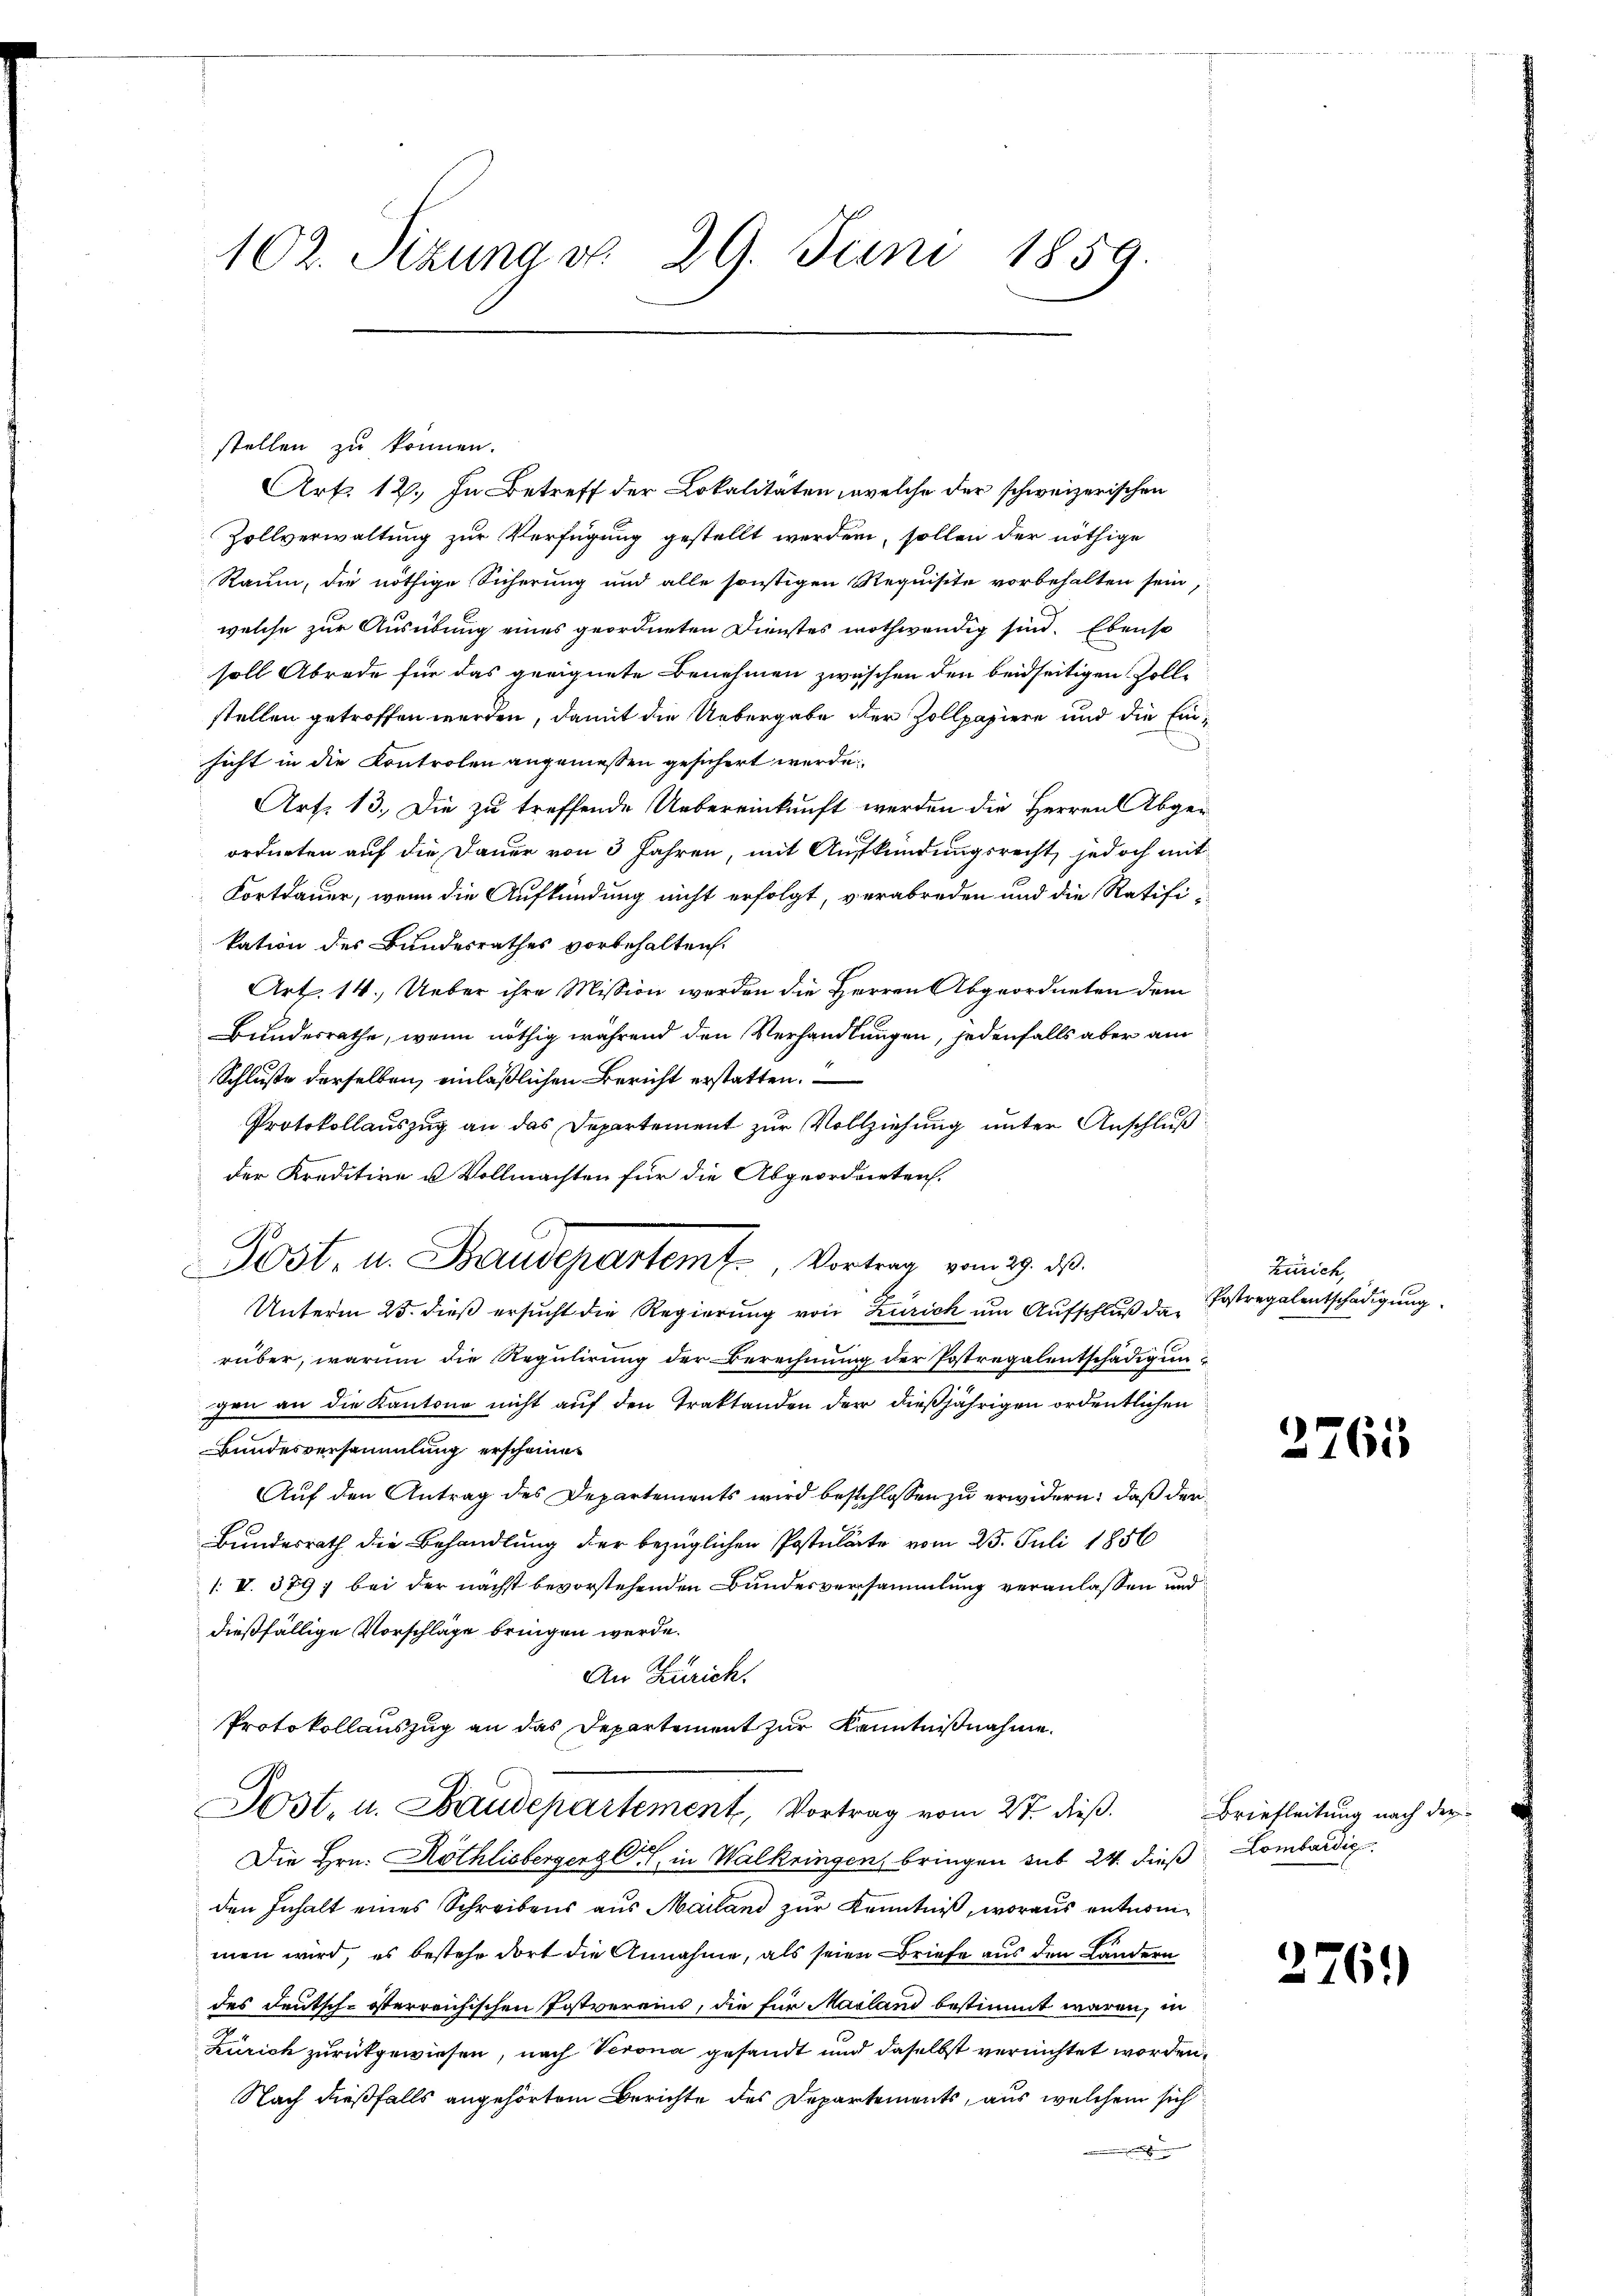
102. Sizung v. 29. Juni 1859.

stellen zu können.
Art. 12. In Betreff der Lokalitäten, welche der schweizerischen
Zollverwaltung zur Verfügung gestellt werden, sollen der nöthige
Raum, die nöthige Sicherung und alle sonstigen Requisite vorbehalten sein,
welche zur Ausübung eines geordneten Dienstes nothwendig sind. Ebenso
soll Abrode für das geeignete Benehmen zwischen den beidseitigen Zollstellen getroffen werden, damit die Uebergabe der Zollpapiere und die Einsicht in die Kontrolen angeniessen gesichert werde.
Art. 13. Die zu treffende Uebereinkunft werden die Herren Abgerordneten auf die Dauer von 3 Jahren, mit Aufkündungsrecht, jedoch mit
Fortdauer, wenn die Aufkündung nicht erfolgt, verabreden und die Ratifi-
kation des Bundesrathes vorbehalten.
Art. 14. Ueber ihre Mission werden die Herren Abgeordneten dem
Bundesrathe, wenn nöthig während den Verhandlungen, jedenfalls aber am
Schluße derselben, einläßlichen Bericht erstatten.
Protokollauszug an das Departement zur Vollziehung unter Anschluß
der Kreditive u Vollmachten für die Abgeordneten.
C
Unterm 25. dieß ersucht die Regierung von Zürich um Aufschluß darüber, warum die Regulirung der Berechnung der Postregalentschädigungen an die Kantone nicht auf den Traktanden der dießjährigen ordentlichen
2
Bundesversammlung erscheinen
Auf den Antrag des Departements wird beschlossen zu erwidern: daß den
Bundesrath die Behandlung der bezüglichen Postulate vom 25. Juli 1856
1. V. 389; bei der nächst bevorstehenden Bundesversammlung veranlassen und
dießfällige Vorschläge bringen werde.
An Zürich.
Protokollauszug an das Departement zur Kenntnißnahme.
Jost, u. Baudepartement, Vortrag vom 27. dieß.
e
Die Hrn. Röthlisbergergl., in Walkringen, bringen sub 24. dieß Lombardig
den Inhalt eines Schreibens aus Mailand zur Kenntniß, woraus entnommen wird, es bestehe dort die Annahme, als seien Briefe aus den Ländern
des Deutsch-österreichischen Postvereins, die für Mailand bestimmt waren, in
Zürich zurückgewiesen, nach Verona gesandt und daselbst vernichtet worden,
Nach dießfalls angehörtem Berichte des Departements, aus welchem sich

Post- u. Baudepartemt. Vortrag vom 29. ds.

Zürich,
Postregalentschädigung.

2765

Briefleitung nach der

2761)